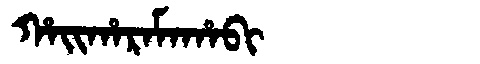
Manchu: ᡥᠠᡳᡥᠠᡵᠠᠮᠠᡥᠠᠪᡳ
Romanization: HAIHARAMAHABI